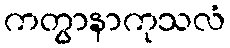
ကတွာနာကုသလံ